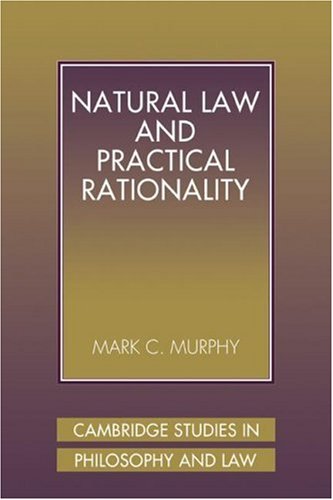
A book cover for Natural Law and Practical Rationality (Cambridge Studies in Philosophy and Law); Mark C. Murphy; Law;